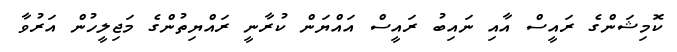
ކޮމިޝަންގެ ރައީސް އާއި ނައިބު ރައީސް އައްޔަން ކުރާނީ ރައްޔިތުންގެ މަޖިލީހުން އަރުވާ